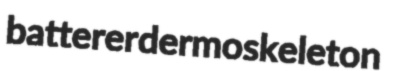
batterer dermoskeleton